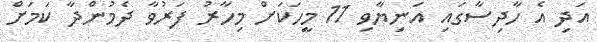
އަދި އެ ހާދިސާގައި އަނިޔާވި 11 މީހަކަށް މިހާރު ފަރުވާ ދެމުންދާ ކަމަށް